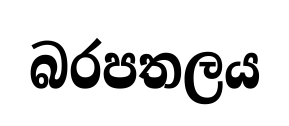
බරපතලය